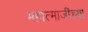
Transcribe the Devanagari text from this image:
महात्माजींच्या